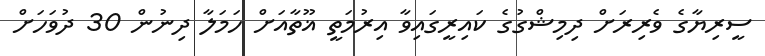
ސީރިޔާގެ ވެރިރަށް ދިމިޝްގުގެ ކައިރީގައިވާ އިރުމަތީ ޣޫތާއަށް ހަމަލާ ދިނުން 30 ދުވަހަށް